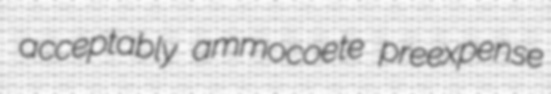
acceptably ammocoete preexpense